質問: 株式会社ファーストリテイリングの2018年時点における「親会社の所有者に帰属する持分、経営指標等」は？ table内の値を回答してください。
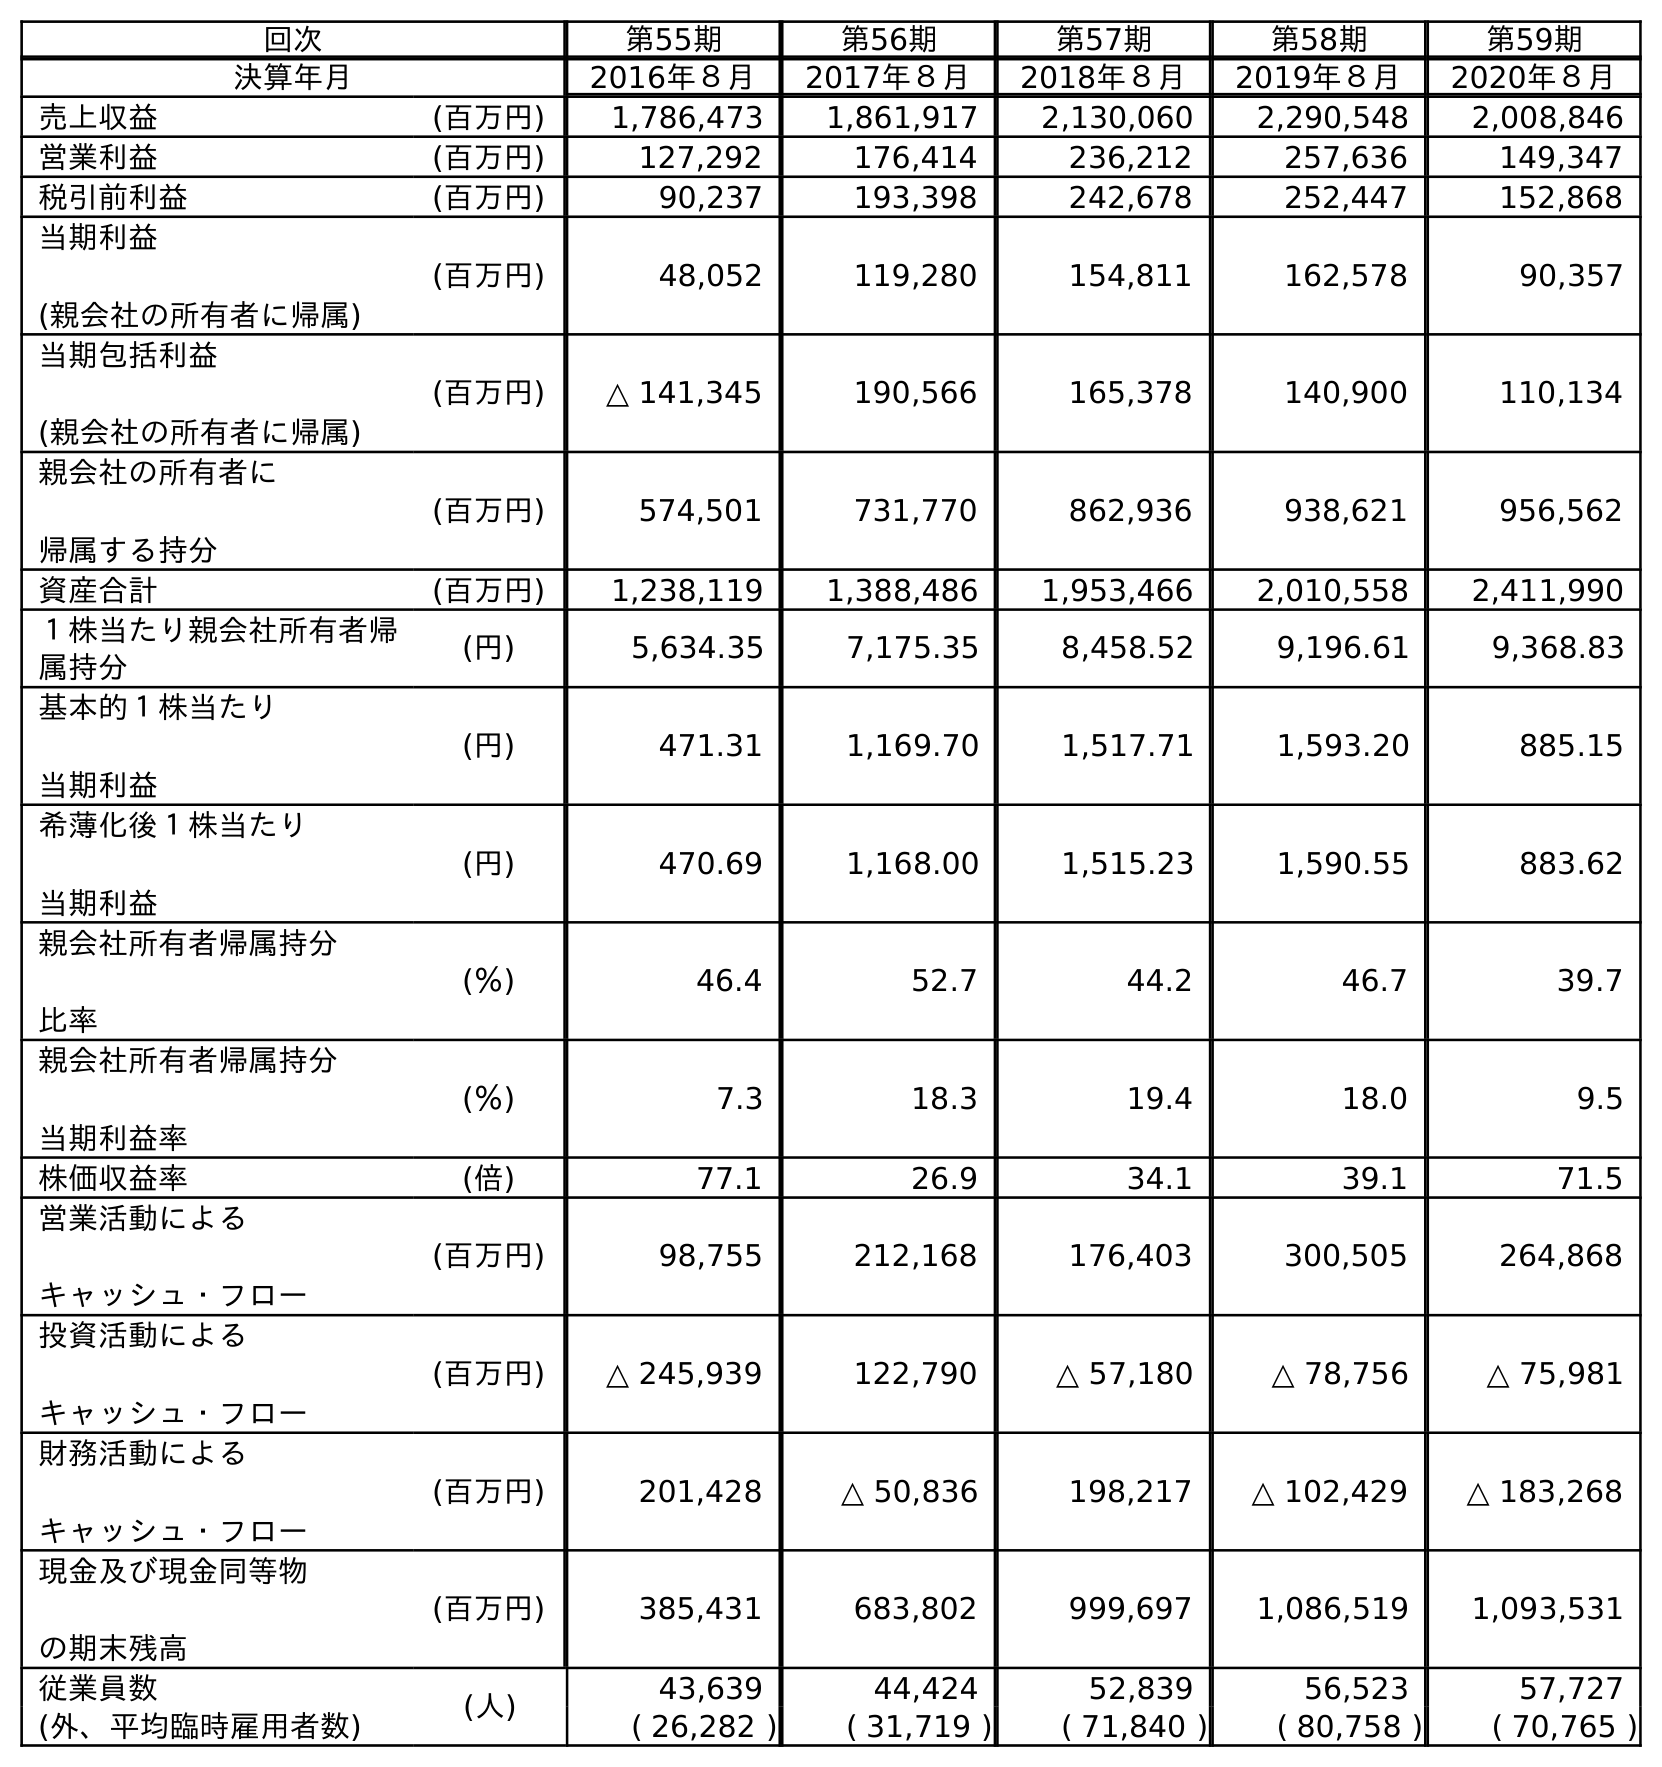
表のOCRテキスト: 回次 第55期 第56期 第57期 第58期 第59期 決算年月 2016年８月 2017年８月 2018年８月 2019年８月 2020年８月 売上収益 (百万円) 1,786,473 1,861,917 2,130,060 2,290,548 2,008,846 営業利益 (百万円) 127,292 176,414 236,212 257,636 149,347 税引前利益 (百万円) 90,237 193,398 242,678 252,447 152,868 当期利益 (親会社の所有者に帰属) (百万円) 48,052 119,280 154,811 162,578 90,357 当期包括利益 (親会社の所有者に帰属) (百万円) △ 141,345 190,566 165,378 140,900 110,134 親会社の所有者に 帰属する持分 (百万円) 574,501 731,770 862,936 938,621 956,562 資産合計 (百万円) 1,238,119 1,388,486 1,953,466 2,010,558 2,411,990 １株当たり親会社所有者帰 属持分 (円) 5,634.35 7,175.35 8,458.52 9,196.61 9,368.83 基本的１株当たり 当期利益 (円) 471.31 1,169.70 1,517.71 1,593.20 885.15 希薄化後１株当たり 当期利益 (円) 470.69 1,168.00 1,515.23 1,590.55 883.62 親会社所有者帰属持分 比率 (％) 46.4 52.7 44.2 46.7 39.7 親会社所有者帰属持分 当期利益率 (％) 7.3 18.3 19.4 18.0 9.5 株価収益率 (倍) 77.1 26.9 34.1 39.1 71.5 営業活動による キャッシュ・フロー (百万円) 98,755 212,168 176,403 300,505 264,868 投資活動による キャッシュ・フロー (百万円) △ 245,939 122,790 △ 57,180 △ 78,756 △ 75,981 財務活動による キャッシュ・フロー (百万円) 201,428 △ 50,836 198,217 △ 102,429 △ 183,268 現金及び現金同等物 の期末残高 (百万円) 385,431 683,802 999,697 1,086,519 1,093,531 従業員数 (人) 43,639 44,424 52,839 56,523 57,727 (外、平均臨時雇用者数) ( 26,282 ) ( 31,719 ) ( 71,840 ) ( 80,758 ) ( 70,765 )
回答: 862,936